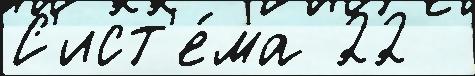
С'ист'е́ма 22